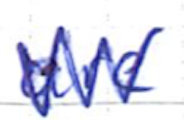
Text: are
Cross-out: zig-zag
Writing tool: ballpoint